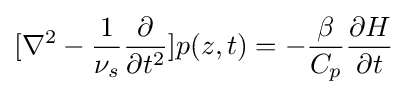
[\nabla ^{2}-{1 \over \nu _{s}}{\partial  \over \partial t^{2}}]p(z,t)=-{\beta  \over C_{p}}{\partial H \over \partial t}